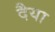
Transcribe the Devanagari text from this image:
दैया